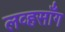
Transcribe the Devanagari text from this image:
लव्हसाँग